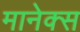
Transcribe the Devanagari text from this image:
मानेक्स